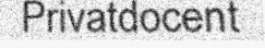
Privatdocent